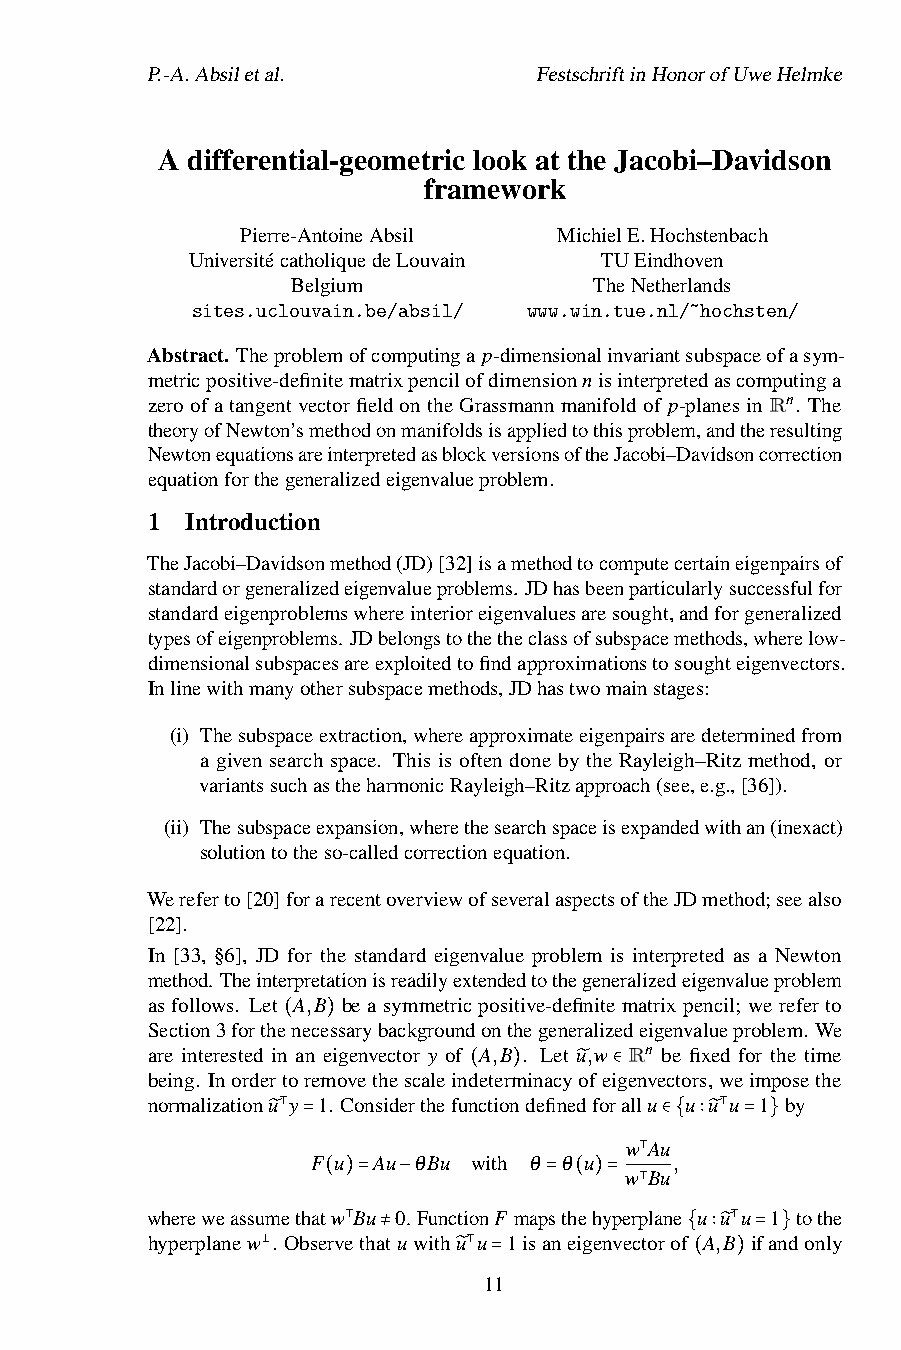
P.-A.Absiletal.           FestschriftinHonorofUweHelmke
 A differential-geometric look at the Jacobi–Davidson
 framework
 Pierre-AntoineAbsil  MichielE.Hochstenbach
 UniversitécatholiquedeLouvain TUEindhoven
 Belgium             TheNetherlands
 sites.uclouvain.be/absil/ www.win.tue.nl/~hochsten/
 Abstract. Theproblemofcomputinga p-dimensionalinvariantsubspaceofasym-
 metricpositive-definitematrixpencilofdimensionnisinterpretedascomputinga
 zeroofatangentvectorfieldontheGrassmannmanifoldof p-planesinRn. The
 theoryofNewton’smethodonmanifoldsisappliedtothisproblem,andtheresulting
 NewtonequationsareinterpretedasblockversionsoftheJacobi–Davidsoncorrection
 equationforthegeneralizedeigenvalueproblem.
 1 Introduction
 TheJacobi–Davidsonmethod(JD)[32]isamethodtocomputecertaineigenpairsof
 standardorgeneralizedeigenvalueproblems. JDhasbeenparticularlysuccessfulfor
 standardeigenproblemswhereinterioreigenvaluesaresought,andforgeneralized
 typesofeigenproblems. JDbelongstothetheclassofsubspacemethods,wherelow-
 dimensionalsubspacesareexploitedtofindapproximationstosoughteigenvectors.
 Inlinewithmanyothersubspacemethods,JDhastwomainstages:
 (i) Thesubspaceextraction,whereapproximateeigenpairsaredeterminedfrom
 a given search space. This is often done by the Rayleigh–Ritz method, or
 variantssuchastheharmonicRayleigh–Ritzapproach(see,e.g.,[36]).
 (ii) Thesubspaceexpansion,wherethesearchspaceisexpandedwithan(inexact)
 solutiontotheso-calledcorrectionequation.
 Wereferto[20]forarecentoverviewofseveralaspectsoftheJDmethod;seealso
 [22].
 In [33, §6], JD for the standard eigenvalue problem is interpreted as a Newton
 method. Theinterpretationisreadilyextendedtothegeneralizedeigenvalueproblem
 asfollows. Let A,B beasymmetricpositive-definitematrixpencil; wereferto
 Section3forthenecessarybackgroundonthegeneralizedeigenvalueproblem. We
 are interested in(an e)igenvector y of A,B . Let u,w Rn be fixed for the time
 being. Inordertoremovethescaleindeterminacyofeigenvectors,weimposethe
 normalizationu y 1. Considerthefun(ction)defined̃for∈allu u u u 1 by
 ⊺                             ⊺
 ̃ =                    w Au∈{ ∶̃ = }
 F u Au θBu with θ θ u   ,
 w⊺Bu
 ( )= −         = ( )= ⊺
 whereweassumethatw Bu 0. FunctionF mapsthehyperplane u u u 1 tothe
 hyperplanew . Observ⊺ethatuwithu u 1isaneigenvectorof A,B ⊺ ifandonly
 ≠                   { ∶̃ = }
 ⊥             ⊺
 ̃ 1=1           (  )